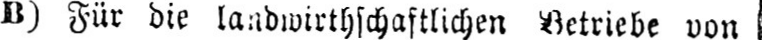
B) Für die landwirthschaftlichen Betriebe von